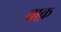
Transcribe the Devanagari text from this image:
बाक़